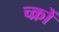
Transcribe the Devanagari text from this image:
च्क्रों